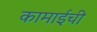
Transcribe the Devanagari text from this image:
कामाईची